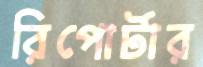
রিপোর্টার